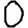
Digit: 0